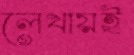
লেখায়ই